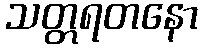
သတ္တရတနော